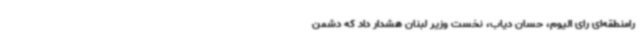
رامنطقه‌ای رای الیوم، حسان دیاب، نخست وزیر لبنان هشدار داد که دشمن